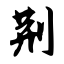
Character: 荆